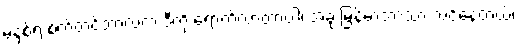
မနှစ်ရဲ့ စက်တင်ဘာလက ဒီကို ရောက်လာတာပါ၊ အခု မြန်မာဘာသာ သင်နေတယ်၊